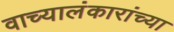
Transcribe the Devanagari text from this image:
वाच्यालंकारांच्या